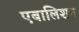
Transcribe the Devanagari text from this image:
एबालिशन